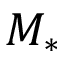
M _ { * }